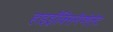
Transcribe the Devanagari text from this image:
हाइड्रॉक्सिनैप्शेलेट